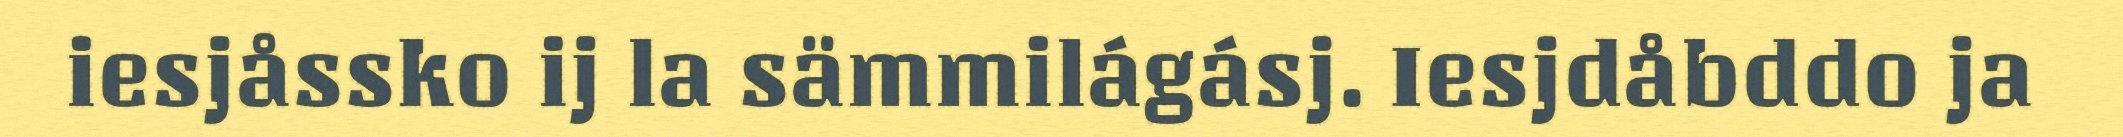
iesjåssko ij la sämmilágásj. Iesjdåbddo ja